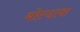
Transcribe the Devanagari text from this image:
मोल्दावा